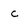
Character: c